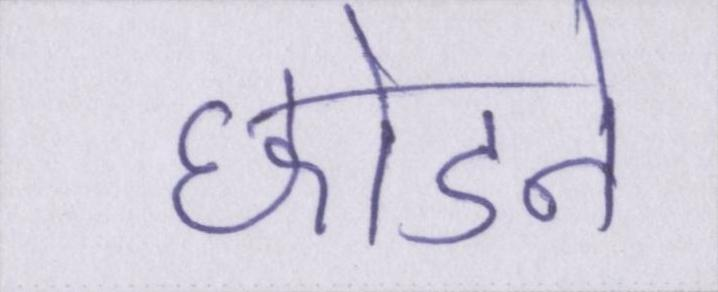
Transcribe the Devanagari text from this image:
छोडऩे